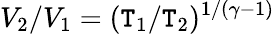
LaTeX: V_{2}/V_{1}=(\mathtt{T}_{1}/\mathtt{T}_{2})^{1/(\gamma-1)}